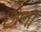
છોભી